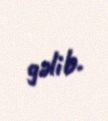
gəlib.